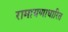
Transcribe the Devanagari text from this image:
रामायणाधारित